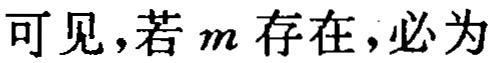
可见，若 \(m\) 存在，必为